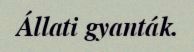
Állati gyanták.